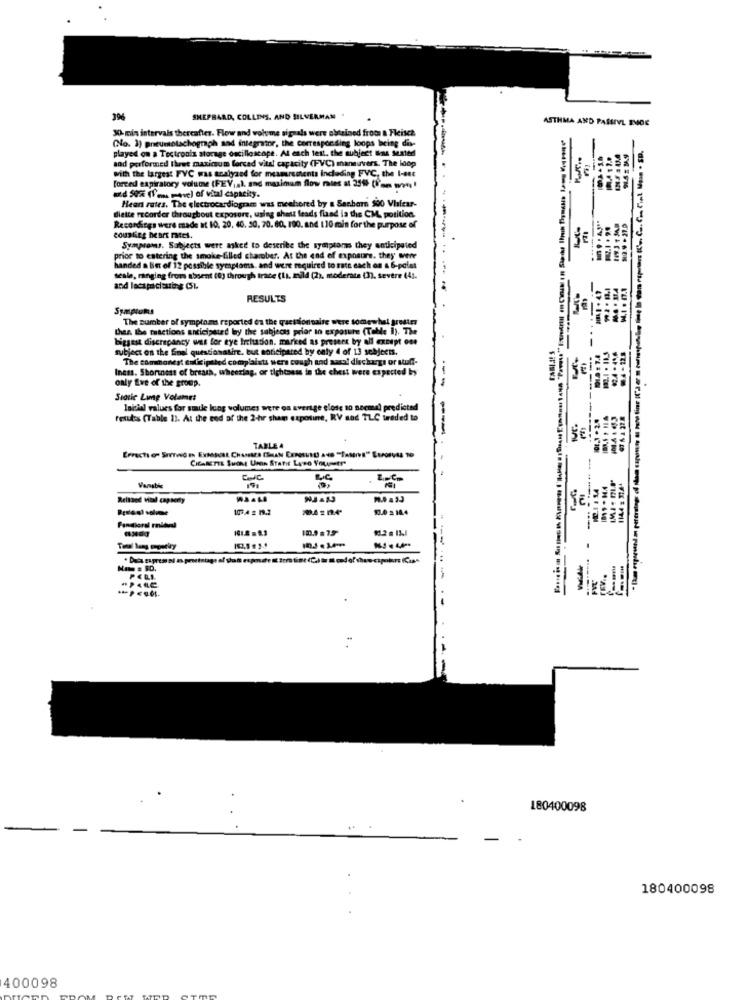
SHEPHARD, COLLINS, AND SILVERMAN .
ASTHMA AND PASSIVE EMDE
KA mis intervals thereafter. Flow and volume signals were obtained from & Fleisch
(No. 1) pneumotachograph and integrator, the corresponding loops being dis-
played on a Tectronix storage oscilloscope. At each test. the subject line Sester
nad performed three maximum forced vital capacity (PVC) maneuvers. The loop
with the largest FVC was analyzed for meamirements including FVC, the I-set
forced expiratory volume (FEV;a). and maximum flow nies at 259 (i'm wrong !
azd Sa (I'm. mave) of vital capacity.
Heart rates. The electrocardiogram was meehered by a Seebarn 500 Vhsfear-
Biette recorder throughout exposore, using shett leads flad is the CM, position.
Recordings were made at 10, 20, 40. 50, 70. 80, 100. and 110 min for the purpose of
counting heart rates.
SE
Symons. Subjects were asked to describe the symptoms they anticipated
price to entering the smoke-filled charober. At the end of exposure. they were
da Bin of 12 possible syesploms and were required to rate each on & 6-potet
seale, ranging from absent (0) through trace (Lı. mild (2), moderate (3). severe (43.
and lecapacisuing (SL
RESULTS
9€
The number of symptoms reported on the questionnaire were somewhel jrester
I'M
thes. the reactions anticipated ley the subjects prior to exposure (Tolle i). The
biggest discrepancy was for eye Ihrclusion. marked as present by all except one
subject on the final questionnaire. but anticipated by only 4 of 13 sobjects.
The commonest mulig ipated complaints wers cough and sara! discharge or suff-
Iness. Shortness of breath, wheerlag, or tightness in the chest were expected by
SE
only Eve of the group.
Static Lumne Volamet
lakidl values for sade kuog volumes were oa sverige close to necmel predicted
results (Table 13. At the end of the 2-hr sham exposine, RV sad TLC traded to
--
SE
TABLE A
CIGARETEL SuOME UHR STarit Lose Yourstr
Varabic
Relthed Vital capacity
13.0 . 14.4
101.2 .2.3
120.9 .79
No : SD.
180400098
180400098
400098